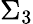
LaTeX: \Sigma_{3}